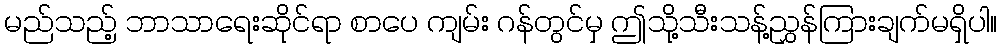
မည်သည့် ဘာသာရေးဆိုင်ရာ စာပေ ကျမ်း ဂန်တွင်မှ ဤသို့သီးသန့်ညွှန်ကြားချက်မရှိပါ။